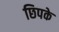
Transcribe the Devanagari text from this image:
छिपके